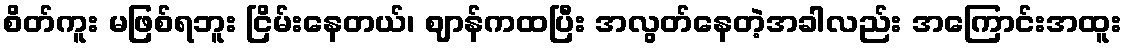
စိတ်ကူး မဖြစ်ရဘူး ငြိမ်းနေတယ်၊ ဈာန်ကထပြီး အလွတ်နေတဲ့အခါလည်း အကြောင်းအထူး